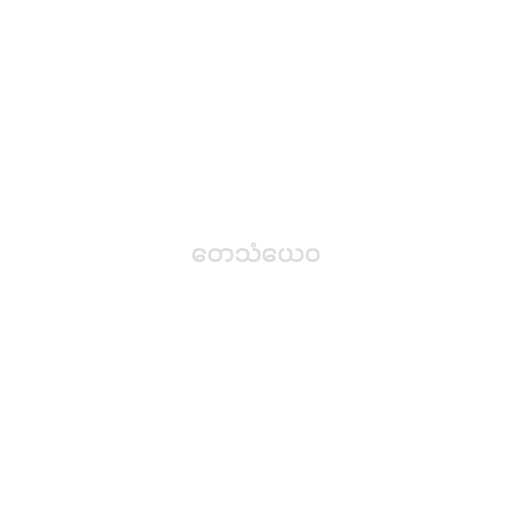
တေသံယေဝ